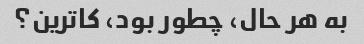
به هر حال، چطور بود، کاترین؟